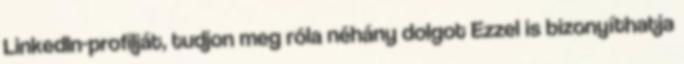
LinkedIn-profilját, tudjon meg róla néhány dolgot Ezzel is bizonyíthatja